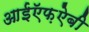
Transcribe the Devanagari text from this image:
आईऍफ़ऐबी